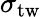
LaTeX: \sigma_{\mathrm{tw}}